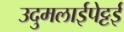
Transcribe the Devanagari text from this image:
उदुमलाईपेट्टई